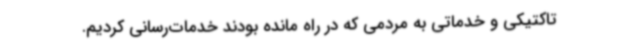
تاکتیکی و خدماتی به مردمی که در راه مانده بودند خدمات‌رسانی کردیم.